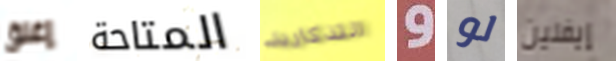
إغلق المتاحة التذكارية و لو إيفلين